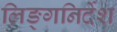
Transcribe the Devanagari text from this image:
लिङ्गनिर्देश